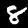
Label: 8